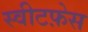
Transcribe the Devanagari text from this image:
स्वीटफ़ेस